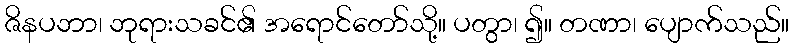
ဇိနပဘာ၊ ဘုရားသခင်၏ အရောင်တော်သို့။ ပတွာ၊ ၍။ တဏာ၊ ပျောက်သည်။